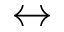
\leftrightarrow